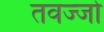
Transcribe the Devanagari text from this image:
तवज्‍जो